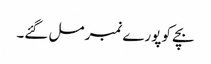
بچے کو پورے نمبر مل گئے۔